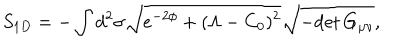
LaTeX: S _ { 1 D } = - \int d ^ { 2 } \sigma \sqrt { e ^ { - 2 \phi } + ( \Lambda - C _ { 0 } ) ^ { 2 } } \sqrt { - \mathrm { d e t } \, G _ { \mu \nu } } ,